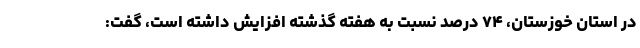
در استان خوزستان، ۷۴ درصد نسبت به هفته گذشته افزایش داشته است، گفت: